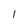
Character: 1